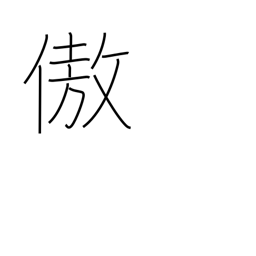
Meaning: be proud